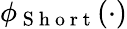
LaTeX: \phi_{\mathrm{~S~h~o~r~t~}}(\cdot)